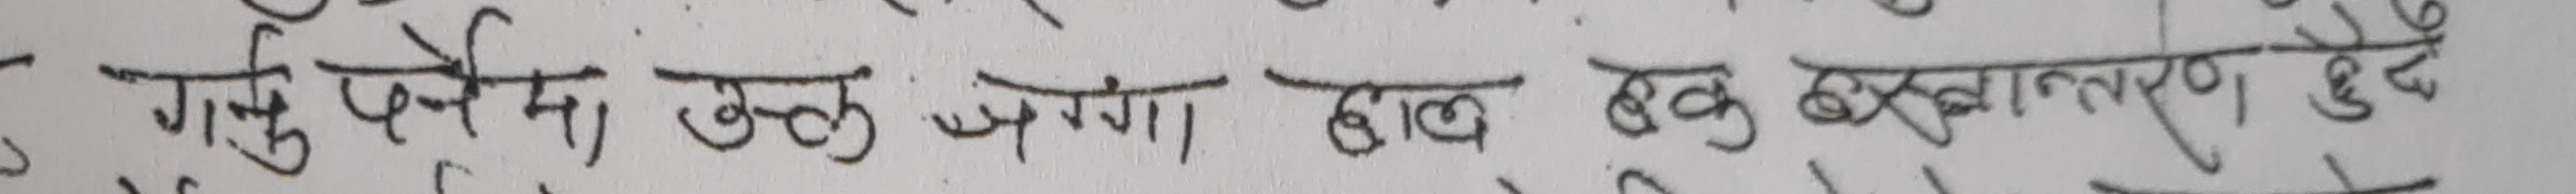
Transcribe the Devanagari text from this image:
गरु जोर्नेमा उक्त जग्गा हाल उक्त बुढानिलकण्ठ हुदै